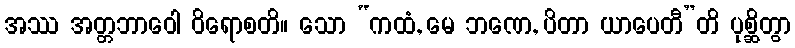
အဿ အတ္တဘာဝေါ ဝိရောစတိ။ သော “ကထံ, မေ ဘဏေ, ပိတာ ယာပေတီ”တိ ပုစ္ဆိတွာ